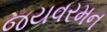
જયવરમન